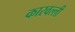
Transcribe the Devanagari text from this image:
कारवल्ली